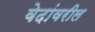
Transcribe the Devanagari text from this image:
वेदांवरील